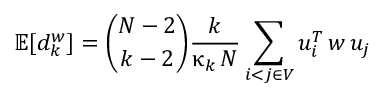
\mathbb { E } [ d _ { k } ^ { w } ] = \binom { N - 2 } { k - 2 } \frac { k } { \upkappa _ { k } \, N } \sum _ { i < j \in V } u _ { i } ^ { T } \, w \, u _ { j }